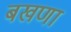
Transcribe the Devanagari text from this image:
बखणा